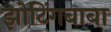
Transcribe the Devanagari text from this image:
झोटिंगबाबा